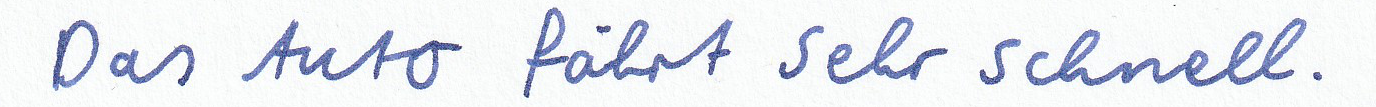
Das Auto fährt sehr schnell.